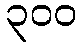
၃၀၀